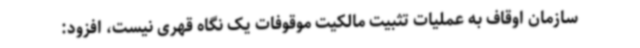
سازمان اوقاف به عملیات تثبیت مالکیت موقوفات یک نگاه قهری نیست، افزود: